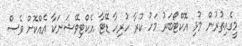
މީގެއިތުރުން މުޅި އޮކްޓޯބަރު މަހު ކުރާ ހުރިހާ ޑޭޓާ އެކްޓިވޭޝަނަކާ އެއްކޮށް ވެސް